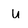
Character: u